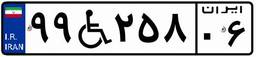
۹۹W۲۵۸۰۶